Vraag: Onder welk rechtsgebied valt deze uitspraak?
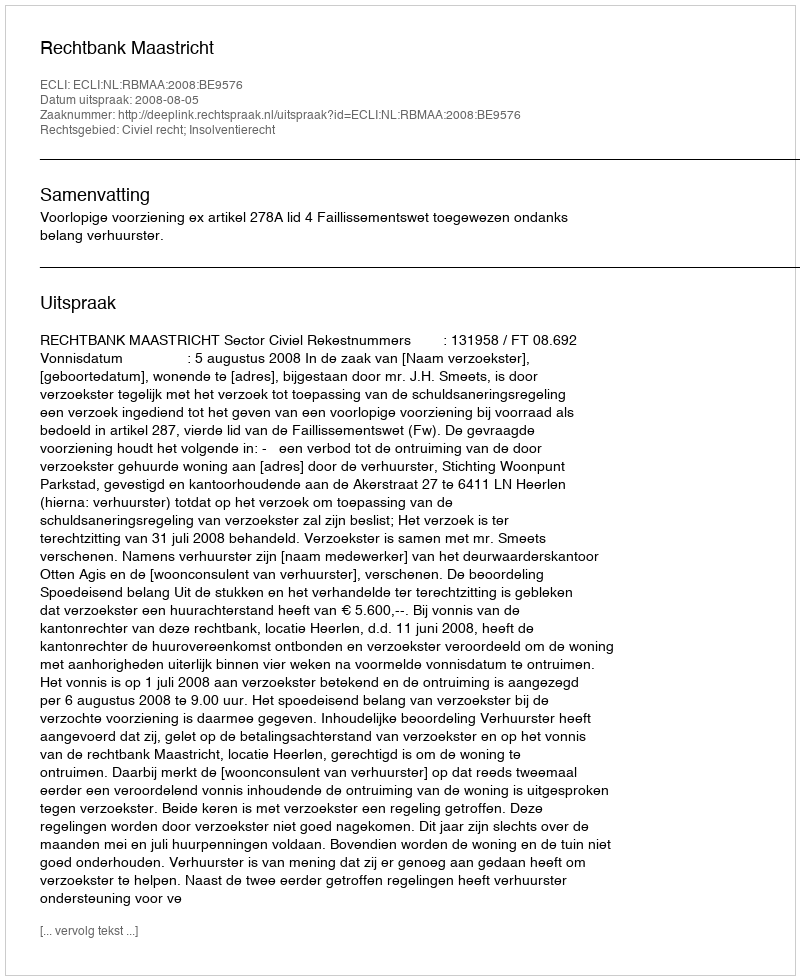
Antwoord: Civiel recht; Insolventierecht